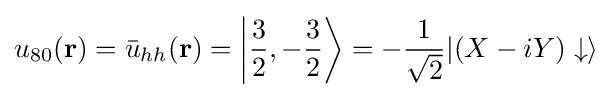
u_{80}(\mathbf {r} )={\bar {u}}_{hh}(\mathbf {r} )=\left|{\frac {3}{2}},-{\frac {3}{2}}\right\rangle =-{\frac {1}{\sqrt {2}}}|(X-iY)\downarrow \rangle